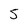
Character: 5